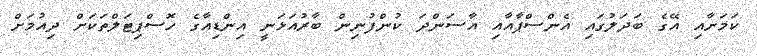
ކަމަށާއި އޭގެ ބަދަލުގައި އެންސްޕާއާއި އާސަންދަ ކުންފުނިން ބާރުއަޅަނީ އިންޑިއާގެ ހޮސްޕިޓަލްތަކަށް ދިއުމަށް